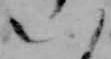
八